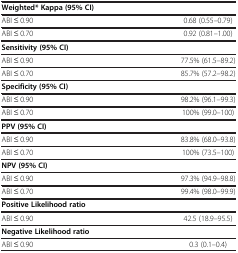
| Weighted* Kappa (95% CI) |  |
 | --- | --- |
 | ABI ≤ 0.90 | 0.68 (0.55–0.79) |
 | ABI ≤ 0.70 | 0.92 (0.81–1.00) |
 | Sensitivity (95% CI) |  |
 | ABI ≤ 0.90 | 77.5% (61.5–89.2) |
 | ABI ≤ 0.70 | 85.7% (57.2–98.2) |
 | Specificity (95% CI) |  |
 | ABI ≤ 0.90 | 98.2% (96.1–99.3) |
 | ABI ≤ 0.70 | 100% (99.0–100) |
 | PPV (95% CI) |  |
 | ABI ≤ 0.90 | 83.8% (68.0–93.8) |
 | ABI ≤ 0.70 | 100% (73.5–100) |
 | NPV (95% CI) |  |
 | ABI ≤ 0.90 | 97.3% (94.9–98.8) |
 | ABI ≤ 0.70 | 99.4% (98.0–99.9) |
 | Positive Likelihood ratio |  |
 | ABI ≤ 0.90 | 42.5 (18.9–95.5) |
 | Negative Likelihood ratio |  |
 | ABI ≤ 0.90 | 0.3 (0.1–0.4) |